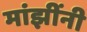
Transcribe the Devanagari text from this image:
मांझींनी